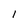
Character: I